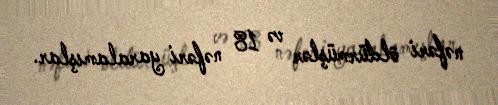
nəfəri öldürmüşlər və 18 nəfəri yaralamışlar.